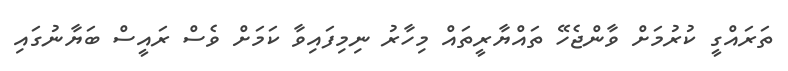
ތަރައްގީ ކުރުމަށް ވާންޖެހޭ ތައްޔާރީތައް މިހާރު ނިމިފައިވާ ކަމަށް ވެސް ރައީސް ބަޔާނުގައި